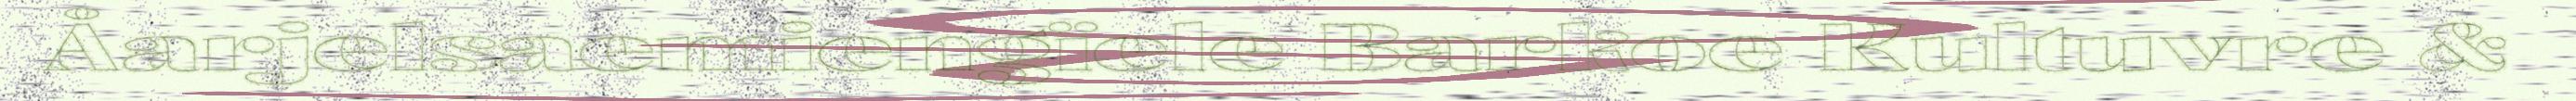
Åarjelsaemiengïele Barkoe Kultuvre &